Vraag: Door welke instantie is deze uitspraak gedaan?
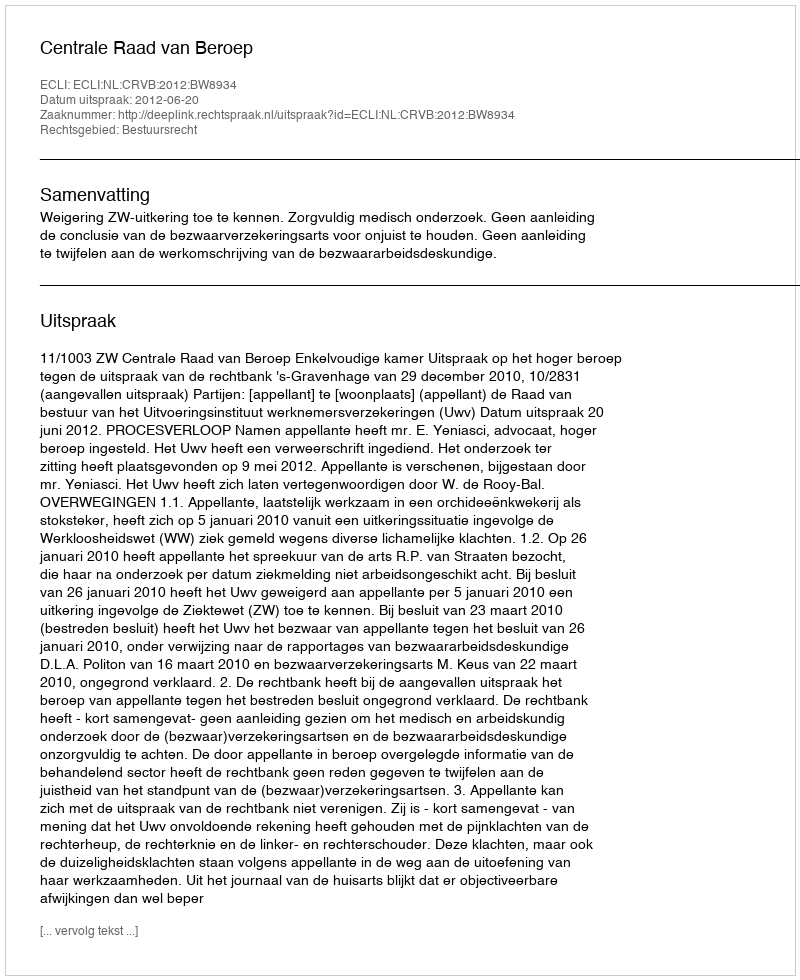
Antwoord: Centrale Raad van Beroep